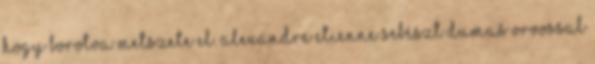
hogy borotva metszete el. Alexandre Etienne sebészt Dumas orvossal